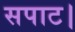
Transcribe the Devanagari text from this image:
सपाट।